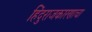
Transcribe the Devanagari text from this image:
हिंदुराजकारणाचा